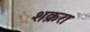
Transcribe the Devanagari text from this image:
शक्ररा